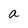
Character: a